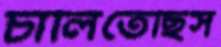
চালিতেছিস